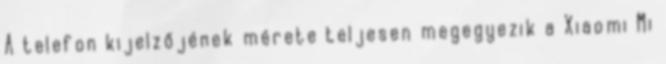
A telefon kijelzőjének mérete teljesen megegyezik a Xiaomi Mi